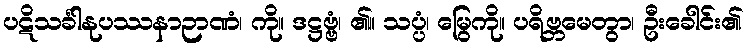
ပဋိသင်္ခါနုပဿနာဉာဏံ၊ ကို။ ဒဋ္ဌဗ္ဗံ၊ ၏။ သပ္ပံ၊ မြွေကို။ ပရိဗ္ဘမေတွာ၊ ဦးခေါင်း၏